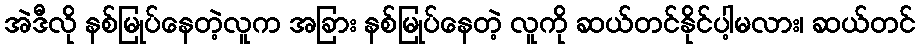
အဲဒီလို နစ်မြုပ်နေတဲ့လူက အခြား နစ်မြုပ်နေတဲ့ လူကို ဆယ်တင်နိုင်ပါ့မလား၊ ဆယ်တင်